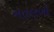
મતલબો